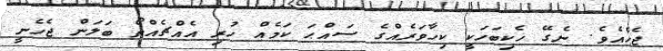
ޖެހެއެވެ. ނެގޭ ހެކިބަހަކީ ކިހާވަރެއްގެ ސައްޙަ ކަމެއް ހުރި އެއްޗެއްތޯ ބަލަން ޖެހެނީ